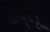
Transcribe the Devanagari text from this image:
डव्लू